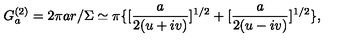
G _ { a } ^ { ( 2 ) } = 2 \pi a r / \Sigma \simeq \pi \{ [ \frac { a } { 2 ( u + i v ) } ] ^ { 1 / 2 } + [ \frac { a } { 2 ( u - i v ) } ] ^ { 1 / 2 } \} ,